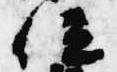
位